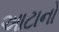
આટાનો